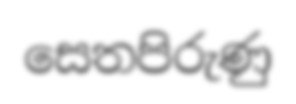
සෙතපිරුණු